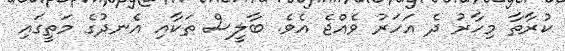
ކުރާތާ މިހާރު ދެ އަހަރު ވެއްޖެ އެވެ. ބާލީސް ތަކާއި އެނދުގެ މަތީގައި